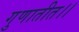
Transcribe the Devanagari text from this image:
गुणातीत।।